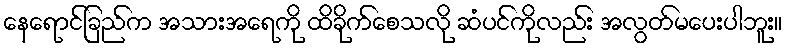
နေရောင်ခြည်က အသားအရေကို ထိခိုက်စေသလို ဆံပင်ကိုလည်း အလွတ်မပေးပါဘူး။